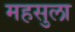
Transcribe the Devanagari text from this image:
महसुला